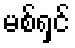
မစ်ရှင်